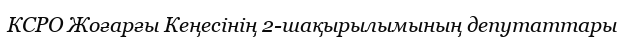
КСРО Жоғарғы Кеңесінің 2-шақырылымының депутаттары